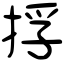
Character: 捊